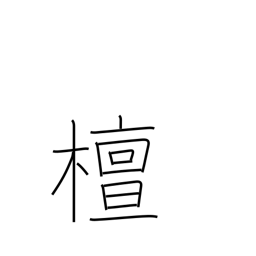
Meaning: spindle tree